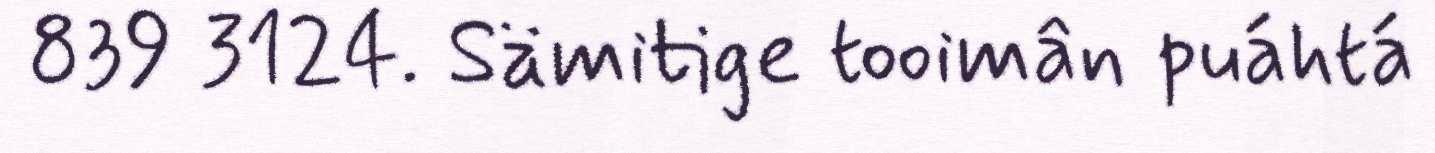
839 3124. Sämitige tooimân puáhtá